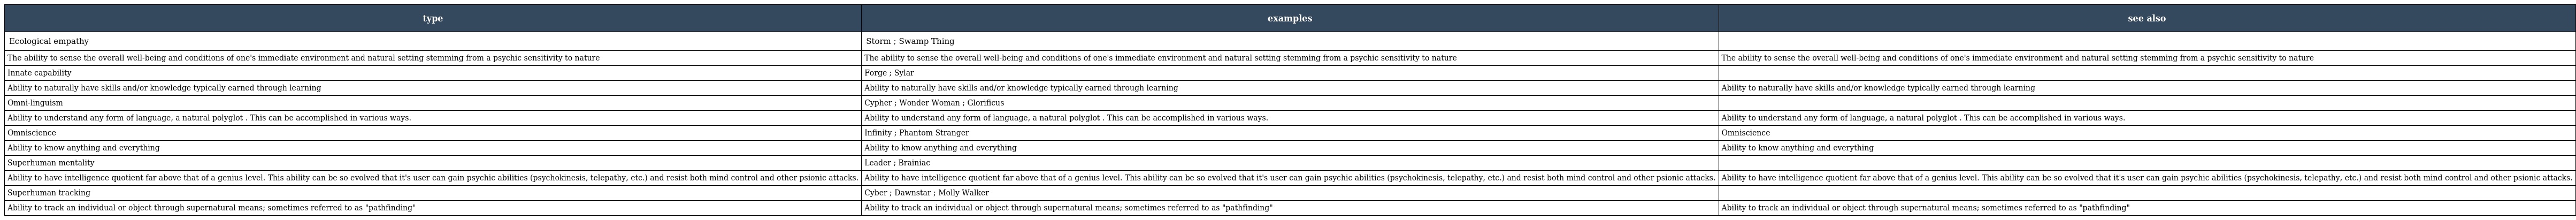
| type | examples | see also |
 | --- | --- | --- |
 | Ecological empathy | Storm ; Swamp Thing |  |
 | The ability to sense the overall well-being and conditions of one's immediate environment and natural setting stemming from a psychic sensitivity to nature | The ability to sense the overall well-being and conditions of one's immediate environment and natural setting stemming from a psychic sensitivity to nature | The ability to sense the overall well-being and conditions of one's immediate environment and natural setting stemming from a psychic sensitivity to nature |
 | Innate capability | Forge ; Sylar |  |
 | Ability to naturally have skills and/or knowledge typically earned through learning | Ability to naturally have skills and/or knowledge typically earned through learning | Ability to naturally have skills and/or knowledge typically earned through learning |
 | Omni-linguism | Cypher ; Wonder Woman ; Glorificus |  |
 | Ability to understand any form of language, a natural polyglot . This can be accomplished in various ways. | Ability to understand any form of language, a natural polyglot . This can be accomplished in various ways. | Ability to understand any form of language, a natural polyglot . This can be accomplished in various ways. |
 | Omniscience | Infinity ; Phantom Stranger | Omniscience |
 | Ability to know anything and everything | Ability to know anything and everything | Ability to know anything and everything |
 | Superhuman mentality | Leader ; Brainiac |  |
 | Ability to have intelligence quotient far above that of a genius level. This ability can be so evolved that it's user can gain psychic abilities (psychokinesis, telepathy, etc.) and resist both mind control and other psionic attacks. | Ability to have intelligence quotient far above that of a genius level. This ability can be so evolved that it's user can gain psychic abilities (psychokinesis, telepathy, etc.) and resist both mind control and other psionic attacks. | Ability to have intelligence quotient far above that of a genius level. This ability can be so evolved that it's user can gain psychic abilities (psychokinesis, telepathy, etc.) and resist both mind control and other psionic attacks. |
 | Superhuman tracking | Cyber ; Dawnstar ; Molly Walker |  |
 | Ability to track an individual or object through supernatural means; sometimes referred to as "pathfinding" | Ability to track an individual or object through supernatural means; sometimes referred to as "pathfinding" | Ability to track an individual or object through supernatural means; sometimes referred to as "pathfinding" |